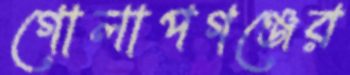
গোলাপগঞ্জের